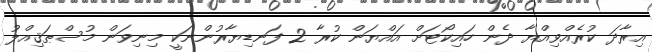
އިރާދަ ކުރެއްވިއްޔާ ދެން ހައިކޯޓަށް އައްޔަން ކުރާ 2 ފަނޑިޔާރުންނަކީ މިނިވަން މުސްޠަޤިއްލު